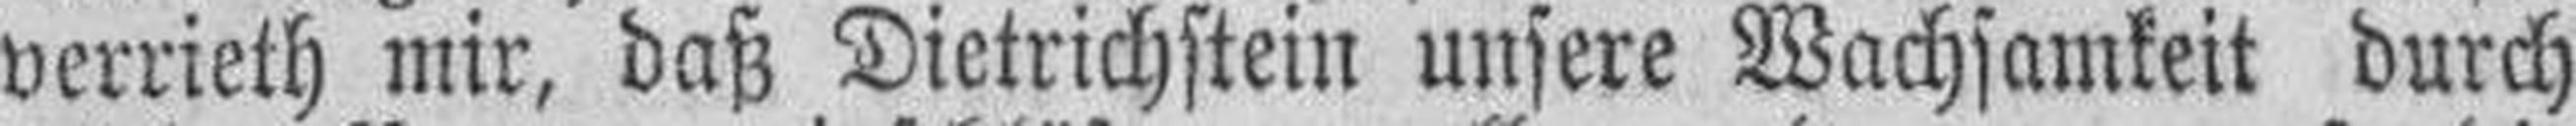
verrieth mir, daß Dietrichstein unsere Wachsamkeit durch